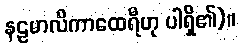
နဠမာလိကာထေရီဟု ပါရှိ၏)။